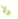
ولا